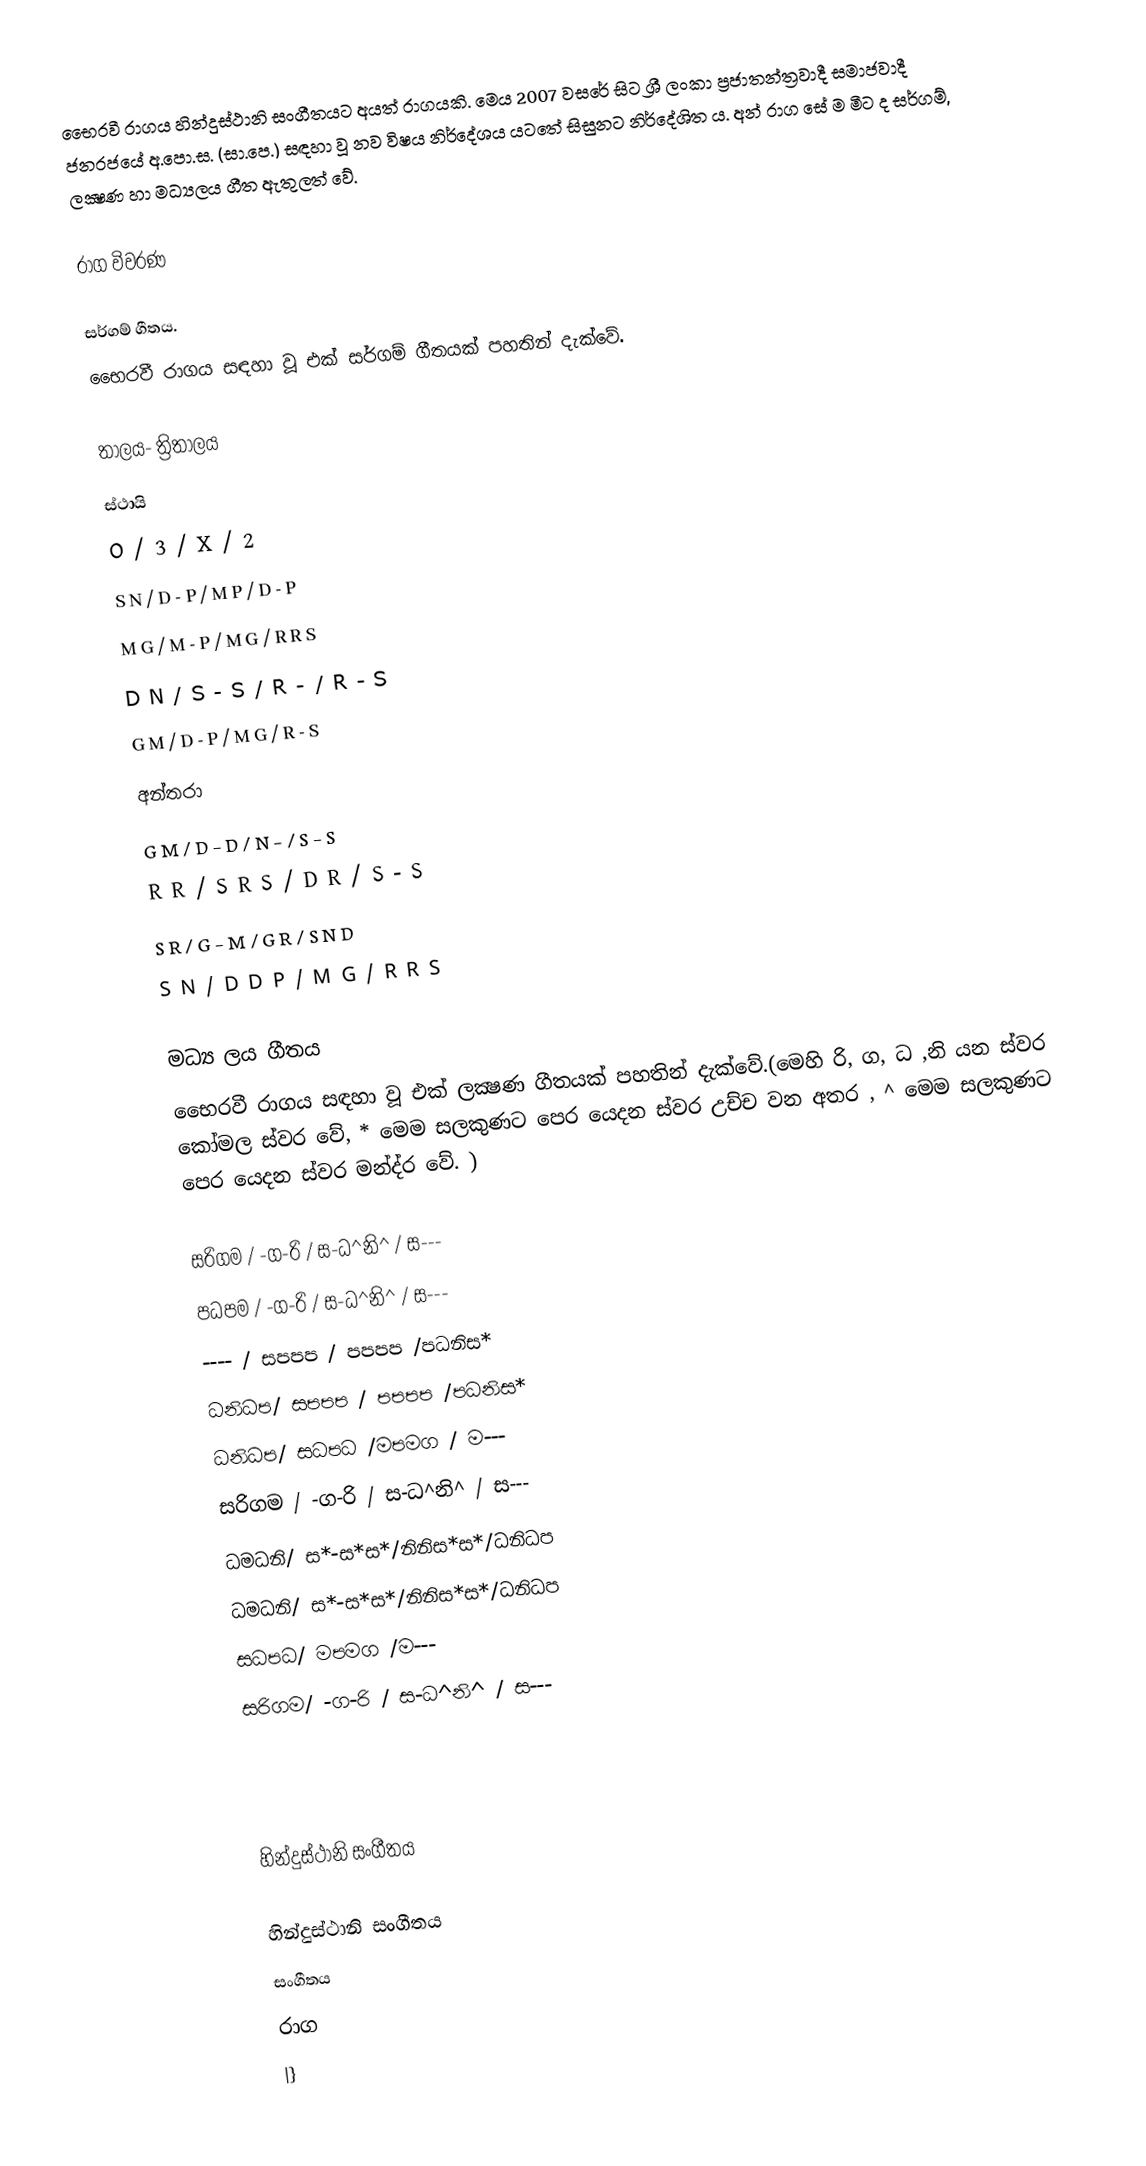
භෛරවී රාගය හින්දුස්ථානි සංගීතයට අයත් රාගයකි. මෙය 2007 වසරේ සිට ශ්‍රී ලංකා ප්‍රජාතන්ත්‍රවාදී සමාජවාදී ජනරජයේ අ.පො.ස. (සා.පෙ.) සඳහා වූ නව විෂය නිර්දේශය යටතේ සිසුනට නිර්දේශිත ය. අන් රාග සේ ම මීට ද සර්ගම්, ලක්‍ෂණ හා මධ්‍යලය ගීත ඇතුලත් වේ.

රාග විවරණ

සර්ගම් ගීතය.
භෛරවී රාගය සඳහා වූ එක් සර්ගම් ගීතයක් පහතින් දැක්වේ.

තාලය- ත්‍රිතාලය
ස්ථායි
O          / 3           / X          / 2
 S N /  D - P / M P / D - P
 M G / M - P / M G / R R S
 D N / S - S / R - / R - S
 G M / D - P / M G / R - S
අන්තරා
 G M / D - D / N - / S - S
 R R / S R S / D R / S - S
 S R / G - M / G R / S N D
 S N / D D P / M G / R R S

මධ්‍ය ලය ගීතය
භෛරවී රාගය සඳහා වූ එක් ලක්‍ෂණ ගීතයක් පහතින් දැක්වේ.(මෙහි රි, ග, ධ ,නි යන ස්වර කෝමල ස්වර වේ, * මෙම සලකුණට පෙර යෙදන ස්වර උච්ච වන අතර , ^ මෙම සලකුණට පෙර යෙදන ස්වර මන්ද්ර වේ. )

 සරිගම / -ග-රි / ස-ධ^නි^ / ස---
 පධපම / -ග-රි / ස-ධ^නි^ / ස---
  ---- / සපපප / පපපප /පධනිස*
 ධනිධප/ සපපප / පපපප /පධනිස*
 ධනිධප/ සධපධ /මපමග / ම---
 සරිගම / -ග-රි / ස-ධ^නි^ / ස---
ධමධනි/ ස*-ස*ස*/නිනිස*ස*/ධනිධප
ධමධනි/ ස*-ස*ස*/නිනිස*ස*/ධනිධප
සධපධ/  මපමග /ම---
සරිගම/ -ග-රි / ස-ධ^නි^ / ස---

හින්දුස්ථානි සංගීතය

හින්දුස්ථානි සංගීතය
සංගීතය
රාග
|}